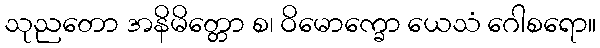
သုညတော အနိမိတ္တော စ၊ ဝိမောက္ခော ယေသံ ဂေါစရော။